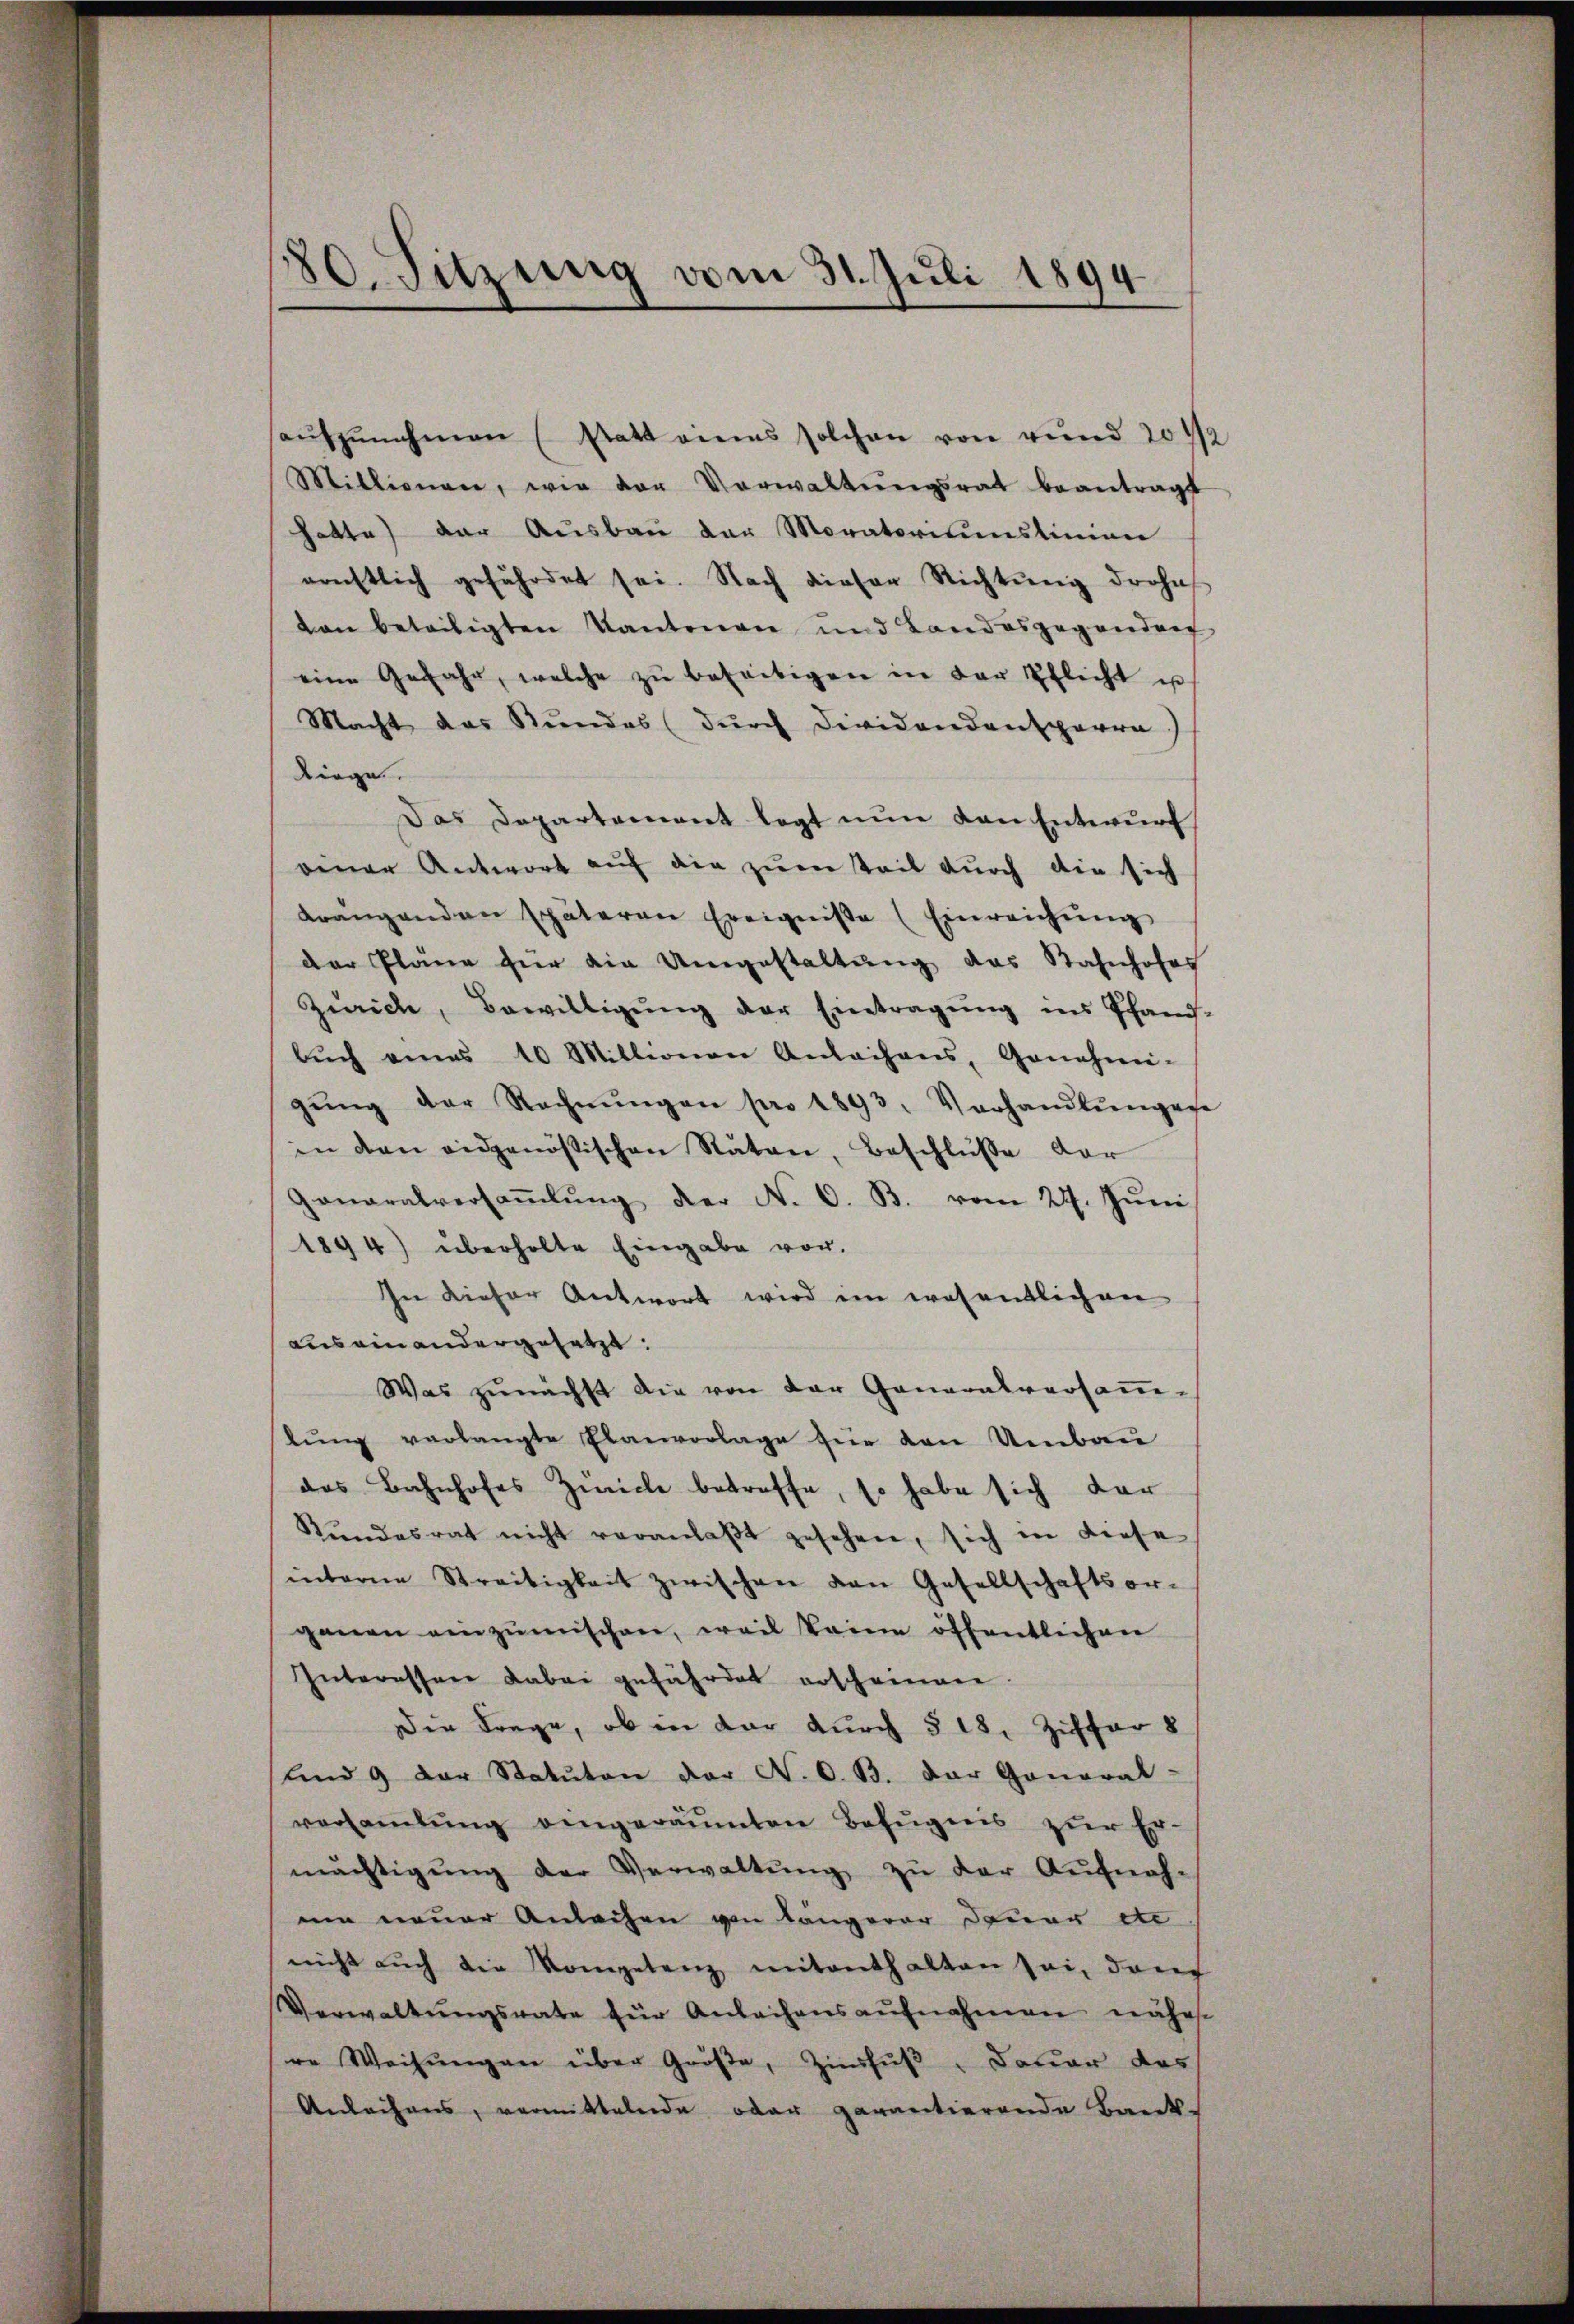
880. Sitzung vom 31. Juli 1894

aŭfzŭnehmen (statt eines solchen von rund 2042
Millionen, wie der Verwaltŭngsrat beantragt
hatte der Ausbau der Moratoriumstinien
rrnstlich gefährdet sei. Nach dieser Richtŭng drohe
ton beteiligten Kantonen und Landesgegendorf
eine Gefahr, welche zŭ beseitigen in der Pflicht un
Macht das Stundes (dŭrch Dividandensperre
Riege.
Das Departement legt nŭn den Entwurf
eener Antwort auf die zum Teil durch die sich
drängenden späteren Ereigniße (Einreichŭng
der Pläne für die Umgestaltung das Bahnhofes
Zürich, Bewilligŭng der Eintragung ins Pfand-
bŭch eines 10 Mittenen Anleihens, Genehmi-
gŭng der Rechnŭngen pro 1893. Vorhandlŭngene
in den eidgenößischen Naton, Beschlüße dar
Gonaralversaṁlŭng der N. O. B. vom 27. Jŭni
1894) überholte Eingabe von
In dieser Antwort wird im wesentlichen
aus einandergesetzt:
Was zunächst die von der Generalversamm-
lŭng verlangte Planvorlage für den Umbau
das Bahnhofes Zwicke betreffe, so habe sich dar
Kŭndesrat nicht veranlaβt gesehen, sich in diese
interne Streitigkeit zwischen von Gesellschaftsor-
ganen einzumischen, weil keine öffentlichen
Interessere dabei gefährdet erscheinen.
Die Frage, ob in der durch § 18, Ziffer 8
und 9 der Statuten der N. O. B. der General-
versaṁlŭng eingeräumten Befugnis zur Er-
mächtigŭng der Verwaltŭng zŭ der Aŭfnah-
um neuer Anleihen von Längerer Stuar de
nicht aŭch die Kompetenz mit enthalten sei, dam
Verwaltŭngsrate für Anleihensaŭfnahmen nähest
re Weisŭngen über Größe, Zinsfuß - Dauer das
Anleihens, vermittelnde oder garantierende Bank-